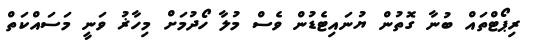
ރިޕޯޓްތައް ބުނާ ގޮތުން ޔުނައިޓެޑުން ވެސް މުލާ ހޯދުމަށް މިހާޜު ވަނީ މަސައްކަތް